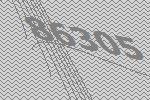
86305